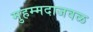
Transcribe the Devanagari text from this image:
मुहम्मदाजवळ